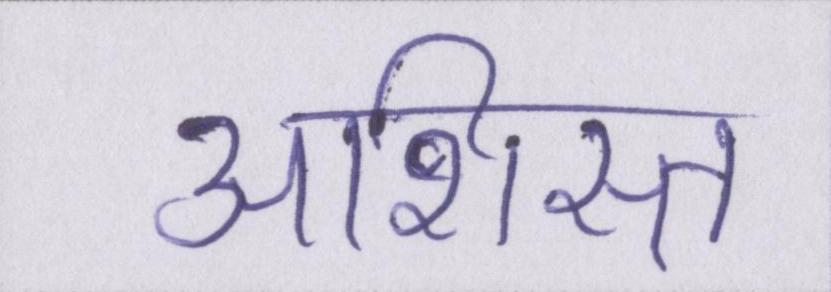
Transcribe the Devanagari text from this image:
अशिस्त